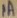
Text: 1A